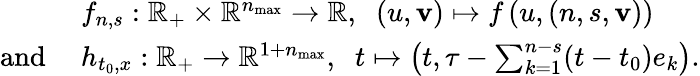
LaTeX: \begin{array}{rl}&{f_{n,s}:\mathbb{R}_{+}\times\mathbb{R}^{n_{\operatorname*{max}}}\to\mathbb{R},\; \; (u,\mathbf{v})\mapsto f\left(u,(n,s,\mathbf{v})\right)}\\ {\mathrm{and~}}&{h_{t_{0},x}:\mathbb{R}_{+}\to\mathbb{R}^{1+n_{\operatorname*{max}}},\; \; t\mapsto\left(t,\tau-\sum_{k=1}^{n-s}(t-t_{0})e_{k}\right).}\end{array}